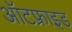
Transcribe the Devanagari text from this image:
ऑटफ्राइड